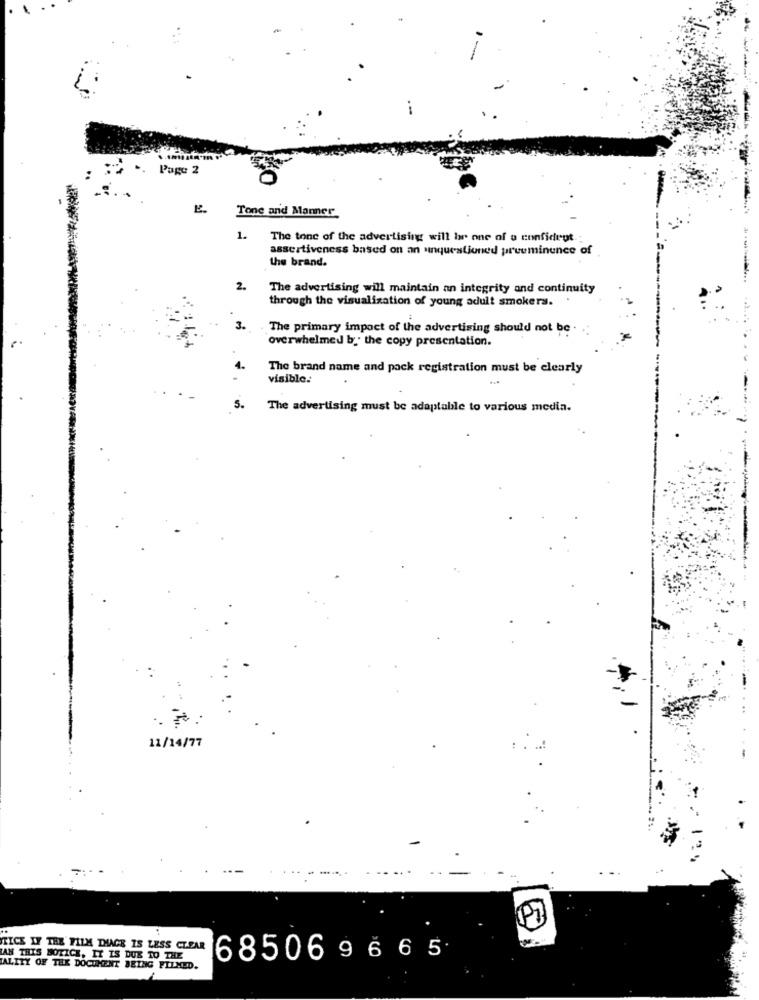
..
Page 2
Tone and Manner
1.
The tone of the advertising will be one of a confident .:
assertiveness based on an unquestioned preeminence of
the brand.
2.
The advertising will maintain an integrity and continuity
through the visualization of young adult smokers.
3.
.The primary impact of the advertising should not be
overwhelmed by the copy presentation.
The brand name and pack registration must be clearly
visible.
5.
The advertising must be adaptable to various media.
11/14/77
TICE IF THE FILM THAGE IS LESS CLEAR
AN THIS NOTICE, IT IS DUE TO THE
685069665
TALITY OF THE DOCUMENT BEING FILMED.